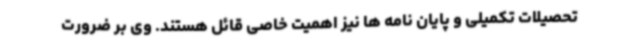
تحصیلات تکمیلی و پایان نامه ها نیز اهمیت خاصی قائل هستند. وی بر ضرورت